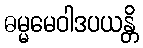
ဓမ္မမေဝါဒပယန္တိ